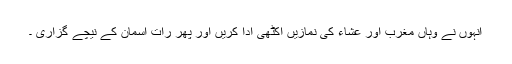
انہوں نے وہاں مغرب اور عشاء کی نمازیں اکٹھی ادا کریں اور پھر رات آسمان کے نیچے گزاری ۔